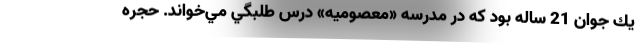
يك جوان 21 ساله بود كه در مدرسه «معصوميه» درس طلبگي مي‌خواند. حجره